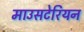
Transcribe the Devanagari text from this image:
माउसटेरियन